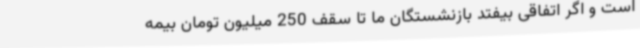
است و اگر اتفاقی بیفتد بازنشستگان ما تا سقف 250 میلیون تومان بیمه